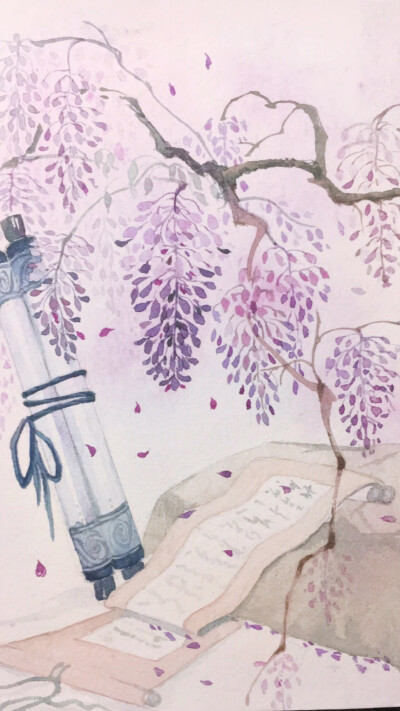
伤情燕足留红线，恼人鸾影闲团扇。